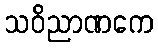
သဝိညာဏကေ